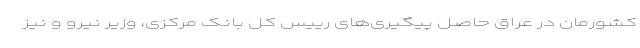
کشورمان در عراق حاصل پیگیری‌های رییس کل بانک مرکزی، وزیر نیرو و نیز